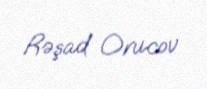
Rəşad Orucov